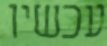
עכשיו